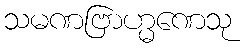
သမဏဗြာဟ္မဏေသု